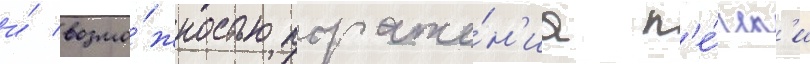
и́ возмо́жностью пораже́н'иа п'е́чен'и